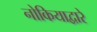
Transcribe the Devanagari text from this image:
नोकियाद्वारे